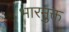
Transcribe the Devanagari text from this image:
भारमुक्त